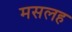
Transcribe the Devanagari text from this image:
मसलह